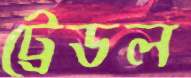
ট্রেডল